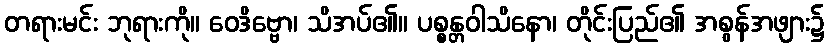
တရားမင်း ဘုရားကို။ ဝေဒိဗ္ဗော၊ သိအပ်၏။ ပစ္စန္တဝါသိနော၊ တိုင်းပြည်၏ အစွန်အဖျား၌